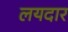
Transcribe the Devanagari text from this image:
लयदार